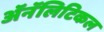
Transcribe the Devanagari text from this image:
ॲनॅलिटिकल